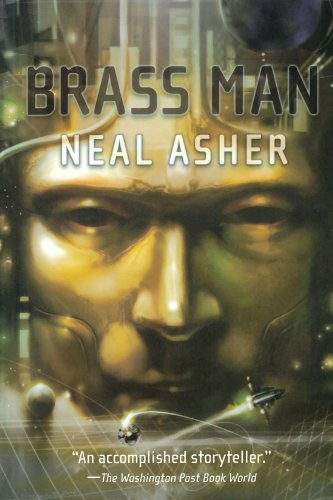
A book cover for Brass Man (Ian Cormac, Book 3); Neal Asher; Science Fiction & Fantasy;